Senior Leaving Certificate Examination (including Day School Certificate (Higher) General paper), 1947
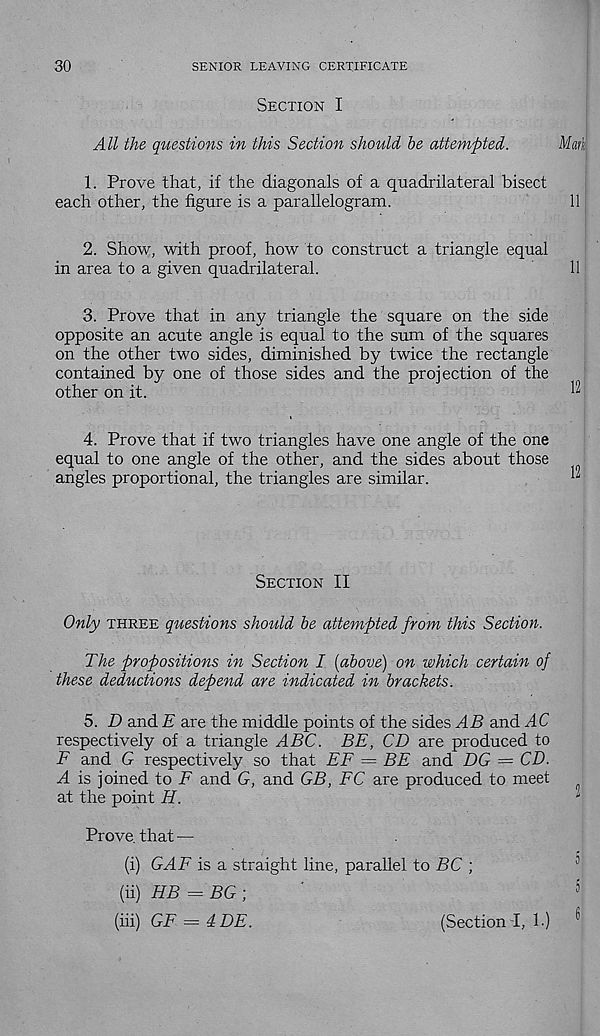
30
SENIOR LEAVING CERTIFICATE
Section I
All the questions in this Section should he attempted.
Marl
1. Prove that, if the diagonals of a quadrilateral bisect
each other, the figure is a parallelogram.
11
2. Show, with proof, how to construct a triangle equal
in area to a given quadrilateral.
11
L
3. Prove that in any triangle the square on the side
opposite an acute angle is equal to the sum of the squares
on the other two sides, diminished by twice the rectangle
contained by one of those sides and the projection of the
other on it.
^
4. Prove that if two triangles have one angle of the one
equal to one angle of the other, and the sides about those
angles proportional, the triangles are similar.
^
Section II
Only three questions should be attempted from this Section.
The propositions in Section I [above) on which certain of
these deductions depend are indicated in brackets.
5. D and E are the middle points of the sides AB and AC
respectively of a triangle ABC. BE, CD are produced to
F and G respectively so that EF = BE and DG = CD.
A is joined to F and G, and GB, FC are produced to meet
at the point H.
Prove, that —
(i) GAF is a straight line, parallel to BC ;
(ii) HB = BG ;
(hi) GF = 4DE.
(Section I, 1.)